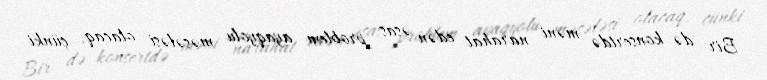
Bir də konsertdə məni narahat edən əsas problem ayaqyolu məsələsi olacaq, çünki